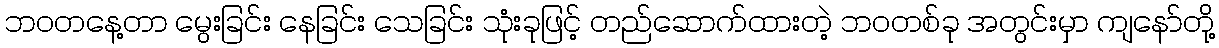
ဘဝတနေ့တာ မွေးခြင်း နေခြင်း သေခြင်း သုံးခုဖြင့် တည်ဆောက်ထားတဲ့ ဘဝတစ်ခု အတွင်းမှာ ကျနော်တို့